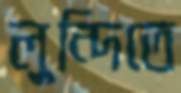
লুন্দিতে